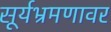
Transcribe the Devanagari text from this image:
सूर्यभ्रमणावर